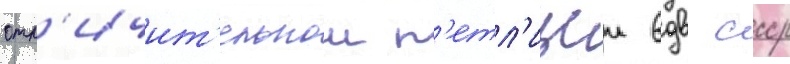
отл'ичит'ельнои п'етл'ицеи вдв ссср